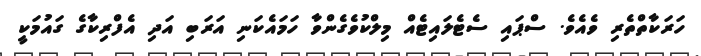
ހަރަކާތްތެރި ވެއެވެ. ސްޕައި ސެޓެލައިޓެއް މިލްކުވެގެންވާ ހަމައެކަނި އަރަބި އަދި އެފްރިކާގެ ގައުމަކީ